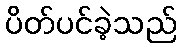
ပိတ်ပင်ခဲ့သည်